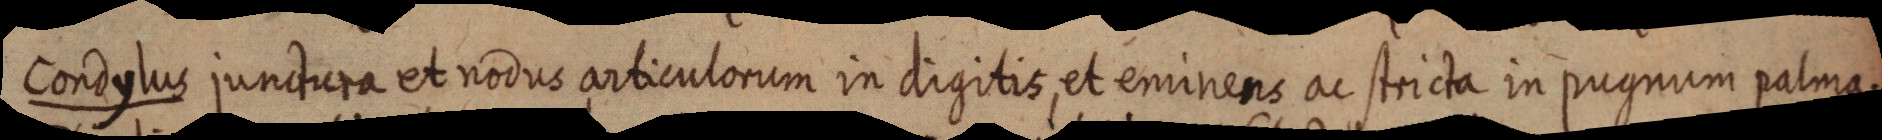
Condylus junctura et nodus articulorum in digitis, et eminens ac stricta in pugnum palma.